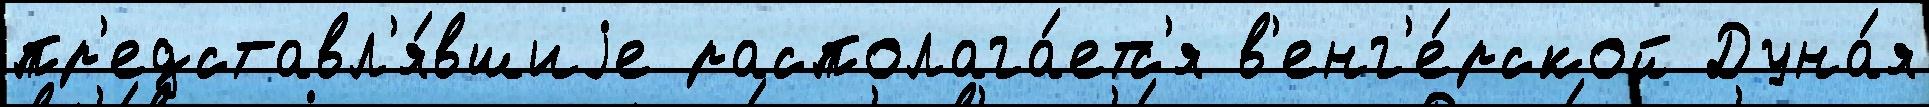
пр'едставл'я́вшиjе располага́етс'я в'енг'е́рской Дуна́я